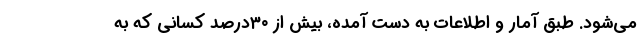
می‌شود. طبق آمار و اطلاعات به دست آمده، بیش از ۳۰درصد کسانی که به